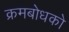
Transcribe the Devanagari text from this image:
क्रमबोधको